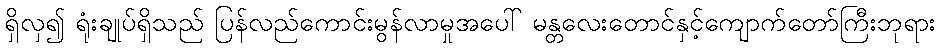
ရှိလှ၍ ရုံးချုပ်ရှိသည် ပြန်လည်ကောင်းမွန်လာမှုအပေါ် မန္တလေးတောင်နှင့်ကျောက်တော်ကြီးဘုရား